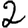
Digit: 2